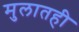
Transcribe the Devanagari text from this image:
मुलातही